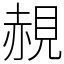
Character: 䚂